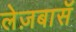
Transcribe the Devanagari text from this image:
लेज़बासॅ